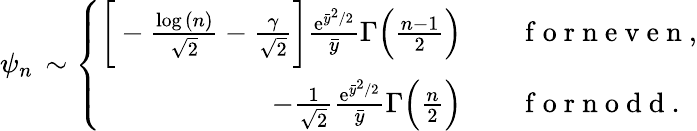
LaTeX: \psi_{n}\, \sim\left\{ \begin{array}{rl}{\bigg[-\frac{\log{(n)}}{\sqrt{2}}-\frac{\gamma}{\sqrt{2}}\bigg]\frac{\mathrm{e}^{\bar{y}^{2}/2}}{\bar{y}}\Gamma\Big(\frac{n-1}{2}\Big)}&{{}\quad\mathrm{~f~o~r~n~e~v~e~n~},}\\ {-\frac{1}{\sqrt{2}}\frac{\mathrm{e}^{\bar{y}^{2}/2}}{\bar{y}}\Gamma\Big(\frac{n}{2}\Big)}&{{}\quad\mathrm{~f~o~r~n~o~d~d~}.}\end{array}\right.